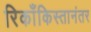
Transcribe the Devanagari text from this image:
रिकाँकिस्तानंतर